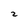
Character: 2